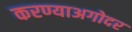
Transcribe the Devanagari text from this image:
करण्याअगोदर